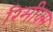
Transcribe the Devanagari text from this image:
रिमीक्स